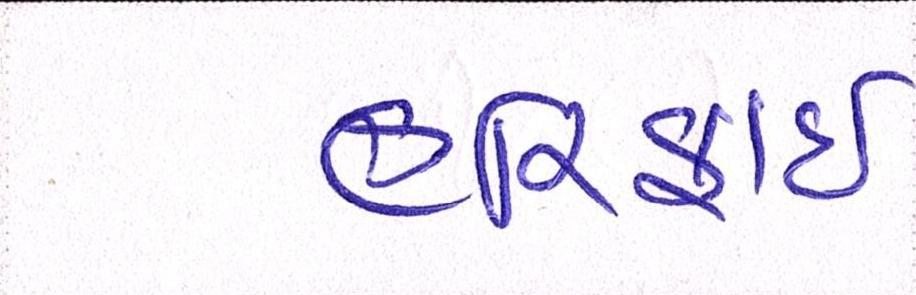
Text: હરિફાઇ